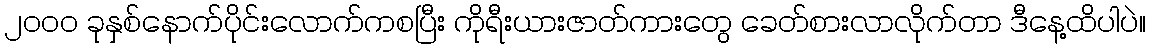
၂၀၀၀ ခုနှစ်နောက်ပိုင်းလောက်ကစပြီး ကိုရီးယားဇာတ်ကားတွေ ခေတ်စားလာလိုက်တာ ဒီနေ့ထိပါပဲ။